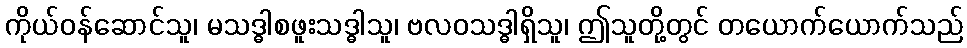
ကိုယ်ဝန်ဆောင်သူ၊ မသဒ္ဓါစဖူးသဒ္ဓါသူ၊ ဗလဝသဒ္ဓါရှိသူ၊ ဤသူတို့တွင် တယောက်ယောက်သည်